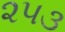
૨૫૩